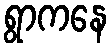
ရွာကနေ